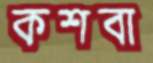
কশবা